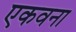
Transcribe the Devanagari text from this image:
एकवना